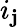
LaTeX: i_{\mathbf{j}}